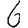
Digit: 6